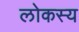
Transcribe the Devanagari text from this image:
लोकस्य